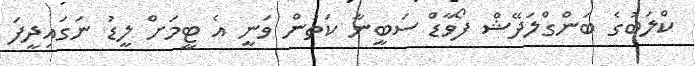
ކްލަބުގެ ބަންގްލަދޭޝް ފޯވާޑް ސަބީނާ ކަތުން ވަނީ އެ ޓީމަށް ލީޑު ނަގައިދީފަ